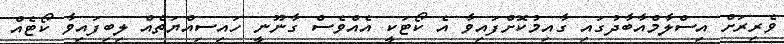
ވެރިރަށް އިސްލާމްއާބާދުގައި ގާއިމުކޮށްފައިވާ އެ ކޯޓަކީ އެއްވެސް ގާނޫނީ ހައިސިއްޔަތެއް ލިބިފައިވާ ކޯޓެއް